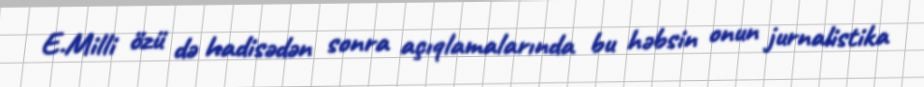
E.Milli özü də hadisədən sonra açıqlamalarında bu həbsin onun jurnalistika